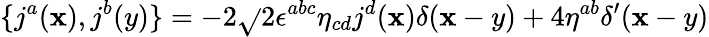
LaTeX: \{ j^{a}(\mathbf{x}),j^{b}(y)\} =-2\sqrt{}{{2}}{\epsilon}^{abc}{\eta}_{cd}j^{d}(\mathbf{x}){\delta}(\mathbf{x}-y)+4{\eta}^{ab}{\delta}^{\prime}(\mathbf{x}-y)